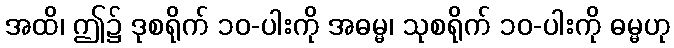
အထိ၊ ဤ၌ ဒုစရိုက် ၁၀-ပါးကို အဓမ္မ၊ သုစရိုက် ၁၀-ပါးကို ဓမ္မဟု